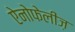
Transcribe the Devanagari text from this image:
ऐनोफेलीज़